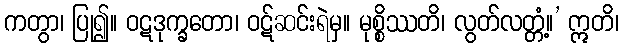
ကတွာ၊ ပြု၍။ ဝဋဒုက္ခတော၊ ဝဋ်ဆင်းရဲမှ။ မုစ္စိဿတိ၊ လွတ်လတ္တံ့။’ ဣတိ၊